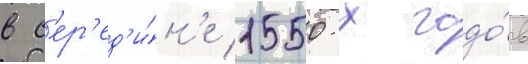
в с'ер'ед'и́н'е 1550-х годо́в